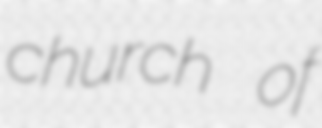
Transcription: church of